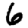
Digit: 6